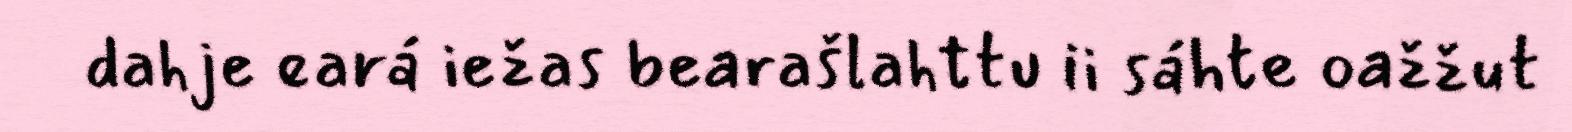
dahje eará iežas bearašlahttu ii sáhte oažžut